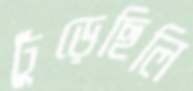
ঢুঁড়েছিলি